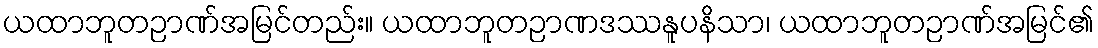
ယထာဘူတဉာဏ်အမြင်တည်း။ ယထာဘူတဉာဏဒဿနူပနိသာ၊ ယထာဘူတဉာဏ်အမြင်၏